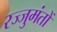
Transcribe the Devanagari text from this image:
रज्जुमंतों